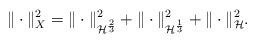
LaTeX: \begin{align*}\|\cdot\|_X^2=\|\cdot\|^2_{\mathcal{H}^{\frac{2}{3}}}+\|\cdot\|^2_{\mathcal{H}^{\frac{1}{3}}}+\|\cdot\|^2_{\mathcal{H}}.\end{align*}